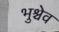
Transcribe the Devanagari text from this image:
भुश्चेव